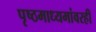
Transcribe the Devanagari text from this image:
पृष्ठमाध्यमांवरही